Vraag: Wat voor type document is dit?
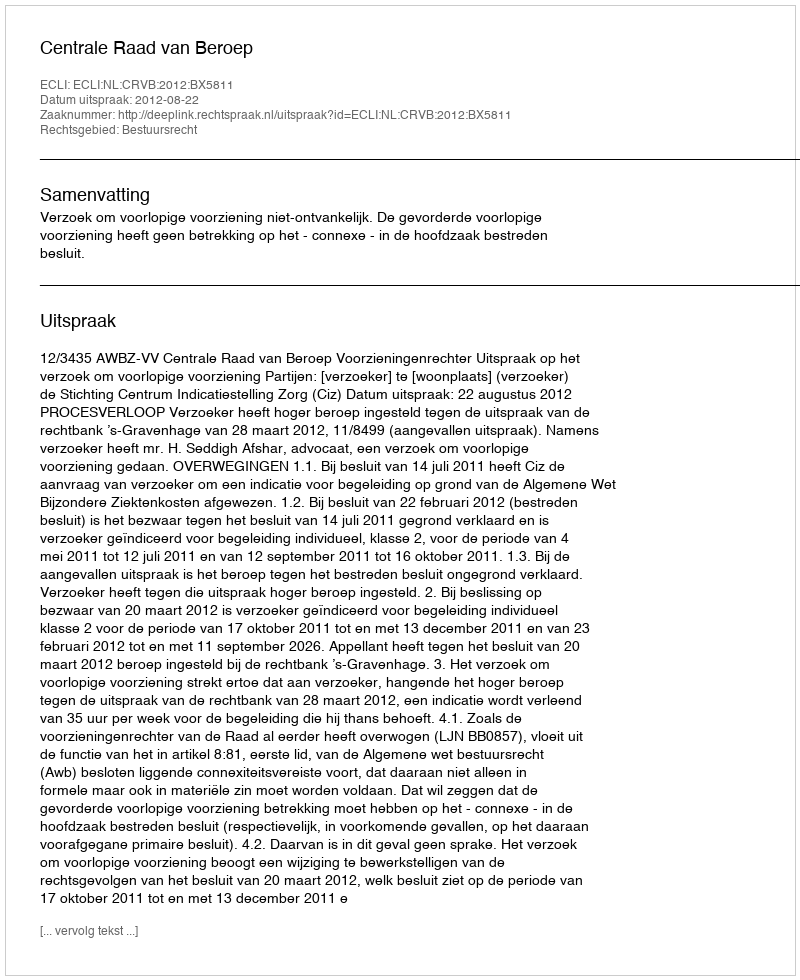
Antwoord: Uitspraak